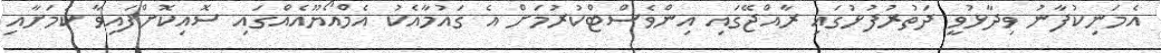
އެމަނިކުފާނު ވިދާޅުވީ ދަތުރުފުޅުގައި ރާއްޖޭގައި އިންވެސްޓްކުރުމަށް އެ ގައުމާއެކު އެމްއޯޔޫއެއްގައި ސޮއިކޮށްފައިވާ ކަމަށާއި